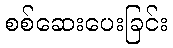
စစ်ဆေးပေးခြင်း